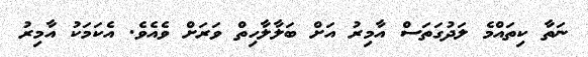
ނަތާ ކިތައްމެ ލަދުގަތަސް އާމިރު އަށް ބަލާލާހިތް ވަރަށް ވެއެވެ. އެކަމަކު އާމިރު